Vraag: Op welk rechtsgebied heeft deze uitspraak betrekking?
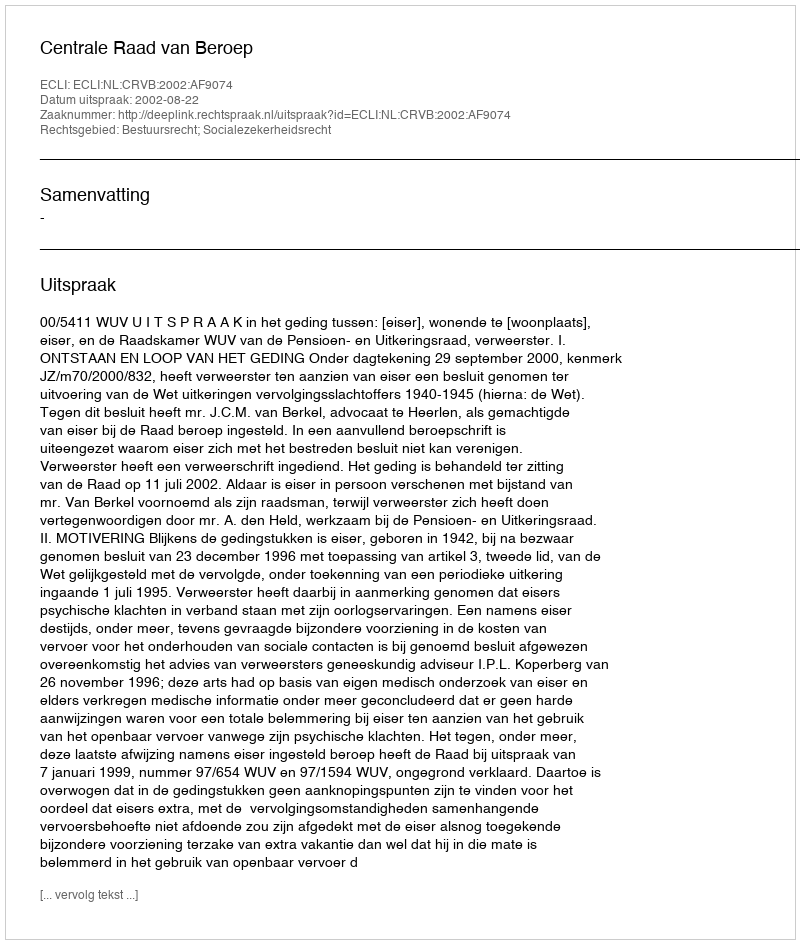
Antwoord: Bestuursrecht; Socialezekerheidsrecht